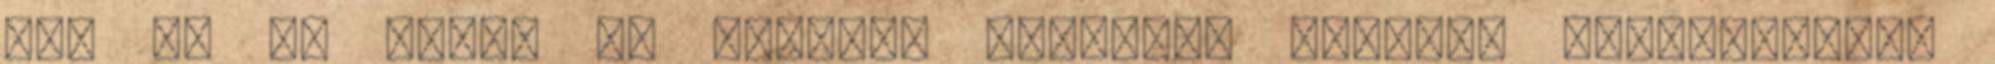
Add el az aprón Új könyvek Használt könyvek Könyvkeresés